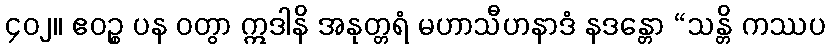
၄၀၂။ ဧဝဉ္စ ပန ဝတွာ ဣဒါနိ အနုတ္တရံ မဟာသီဟနာဒံ နဒန္တော “သန္တိ ကဿပ